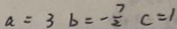
a = 3 b = - \frac { 7 } { 2 } c = 1